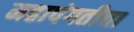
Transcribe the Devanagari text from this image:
महापंगतीचा